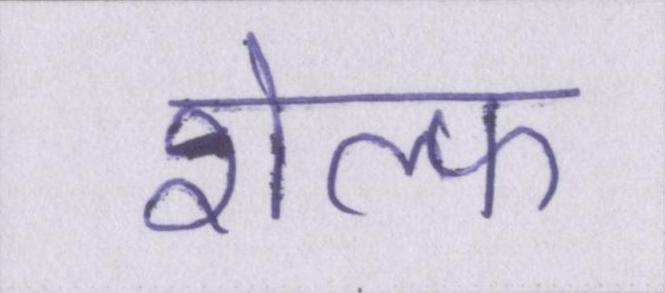
शेल्फ